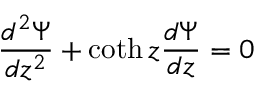
\frac { d ^ { 2 } \Psi } { d z ^ { 2 } } + \coth z \frac { d \Psi } { d z } = 0